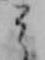
ミ